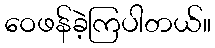
ဝေဖန်ခဲ့ကြပါတယ်။